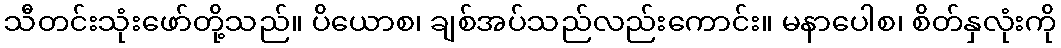
သီတင်းသုံးဖော်တို့သည်။ ပိယောစ၊ ချစ်အပ်သည်လည်းကောင်း။ မနာပေါစ၊ စိတ်နှလုံးကို